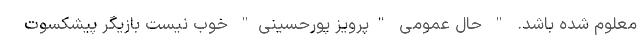
معلوم شده باشد. " حال عمومی "پرویز پورحسینی" خوب نیست بازیگر پیشکسوت